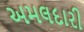
અમલદારી